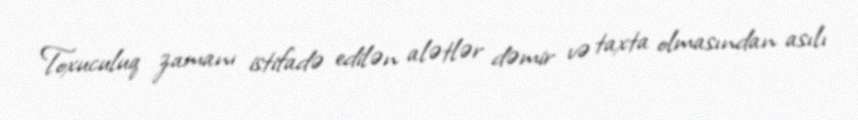
Toxuculuq zamanı istifadə edilən alətlər dəmir və taxta olmasından asılı